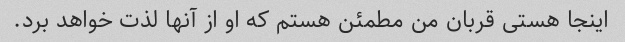
اینجا هستی قربان من مطمئن هستم که او از آنها لذت خواهد برد.